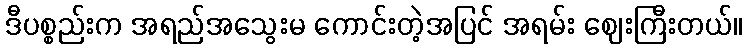
ဒီပစ္စည်းက အရည်အသွေးမ ကောင်းတဲ့အပြင် အရမ်း ဈေးကြီးတယ်။